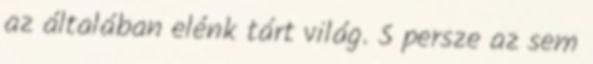
az általában elénk tárt világ. S persze az sem